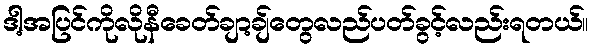
ဒါ့အပြင်ကိုလိုနီခေတ်ချာ့ချ်တွေလည်ပတ်ခွင့်လည်းရတယ်။